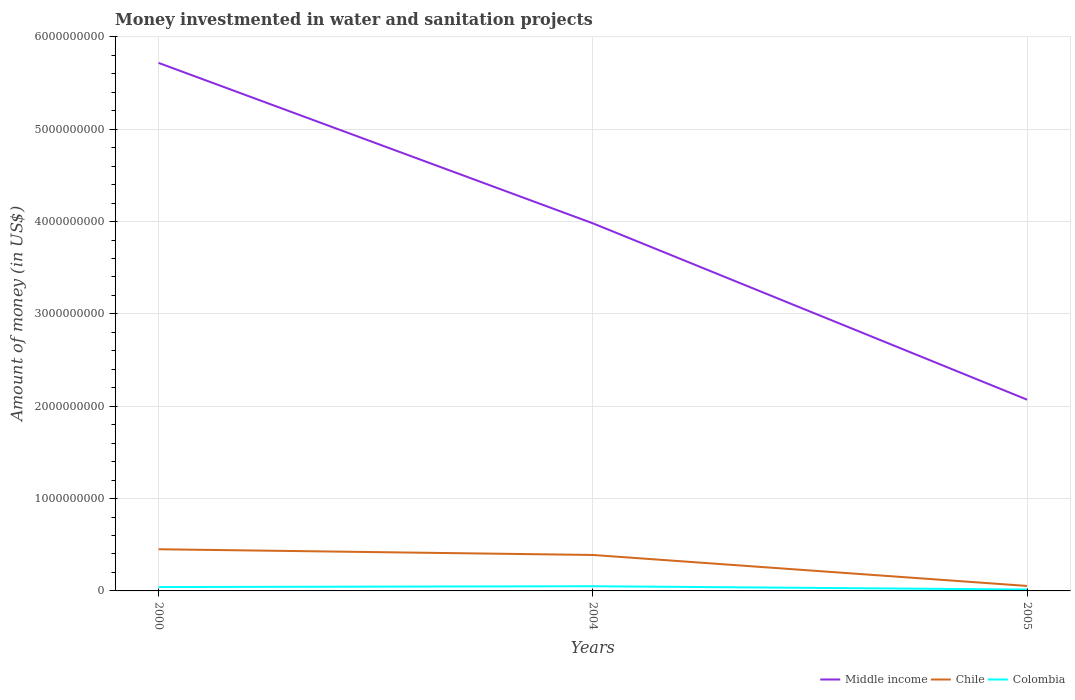
| Years | Middle income | Chile | Colombia |
 | --- | --- | --- | --- |
 | 2000 | 5.72e+09 | 4.51e+08 | 4.2e+07 |
 | 2004 | 3.98e+09 | 3.89e+08 | 5.1e+07 |
 | 2005 | 2.07e+09 | 5.4e+07 | 1.53e+07 |